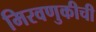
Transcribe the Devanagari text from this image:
मिरवणुकीची